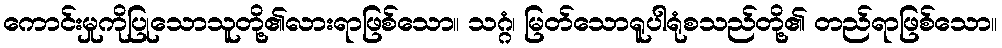
ကောင်းမှုကိုပြုသောသူတို့၏လားရာဖြစ်သော။ သဂ္ဂံ၊ မြတ်သောရူပါရုံစသည်တို့၏ တည်ရာဖြစ်သော။